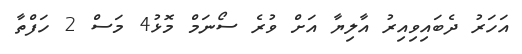
އަހަރު ދެބައިވިއިރު އާލިޔާ އަށް ވުރެ ސޯނަމް މޮޅު4 މަސް 2 ހަފްތާ